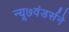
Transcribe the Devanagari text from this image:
न्यू७वंडर्सने